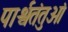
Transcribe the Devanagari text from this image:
पार्श्वतंतुओं